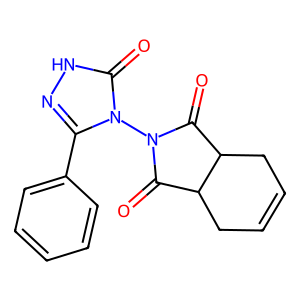
SMILES: O=C1C2CC=CCC2C(=O)N1n1c(-c2ccccc2)n[nH]c1=O
Inhibits HIV replication: No